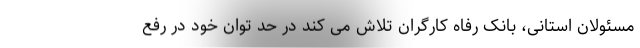
مسئولان استانی، بانک رفاه کارگران تلاش می کند در حد توان خود در رفع